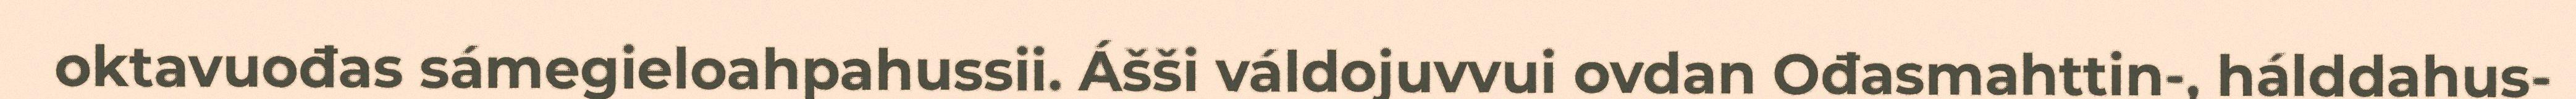
oktavuođas sámegieloahpahussii. Ášši váldojuvvui ovdan Ođasmahttin-, hálddahus-